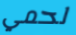
لحمي